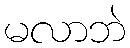
မလာဘဲ